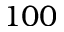
1 0 0